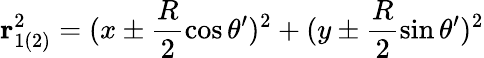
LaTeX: \mathbf{r}_{1(2)}^{2}=(x\pm\frac{R}{2}\cos\theta^{\prime})^{2}+(y\pm\frac{R}{2}\sin\theta^{\prime})^{2}